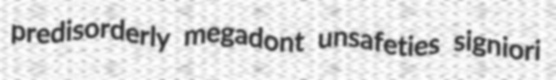
predisorderly megadont unsafeties signiori